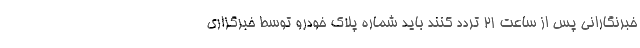
خبرنگارانی پس از ساعت ۲۱ تردد کنند باید شماره پلاک خودرو توسط خبرگزاری